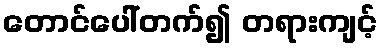
တောင်ပေါ်တက်၍ တရားကျင့်